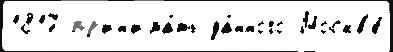
1817 пр'ин'има́ть да́нного Москв'е́